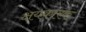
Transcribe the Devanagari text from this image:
क्षयकारक